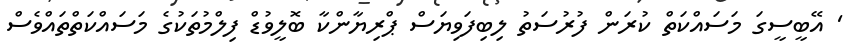
' އޭބީސީގަ މަސައްކަތް ކުރަން ފުރުސަތު ލިބިފަވިޔަސް ޕްރިޔާންކާ ބޮލީވުޑް ފިލްމުތަކުގެ މަސައްކަތްތައްވެސް